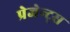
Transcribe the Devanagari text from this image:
प्रेजेन्ट्स